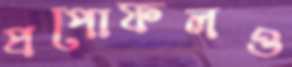
প্রপোফলও